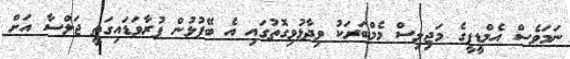
ނަމަވެސް އެމްޑީޕީގެ މަޖިލިސް މެމްބަރަކު ވިދާޅުވިގޮތުގައި އެ ބޭފުޅުން ފުރާވަޑައިގަތީ ޖަލްސާ އަށް